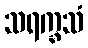
သရက္ခသံ